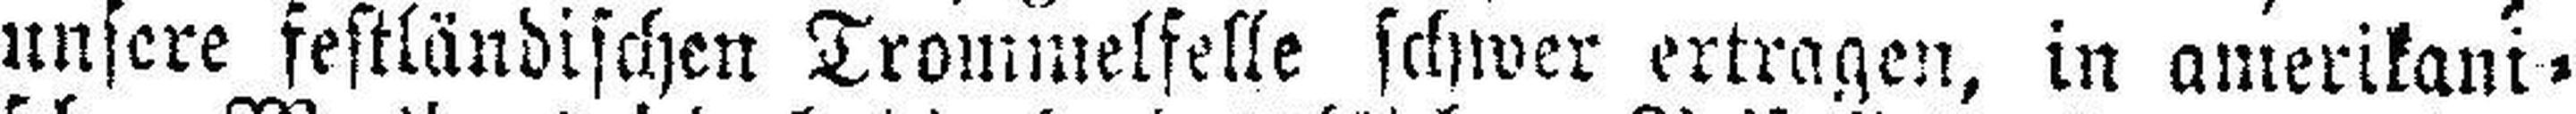
unsere festländischen Trommelfelle schwer ertragen, in amerikani¬